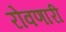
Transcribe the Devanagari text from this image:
रोवणारी